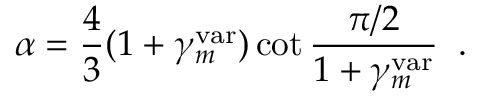
\alpha = { \frac { 4 } { 3 } } ( 1 + \gamma _ { m } ^ { \mathrm { v a r } } ) \cot { \frac { \pi / 2 } { 1 + \gamma _ { m } ^ { \mathrm { v a r } } } } \; \; .